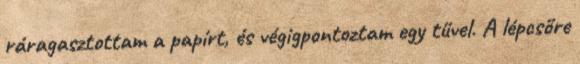
ráragasztottam a papírt, és végigpontoztam egy tűvel. A lépcsőre